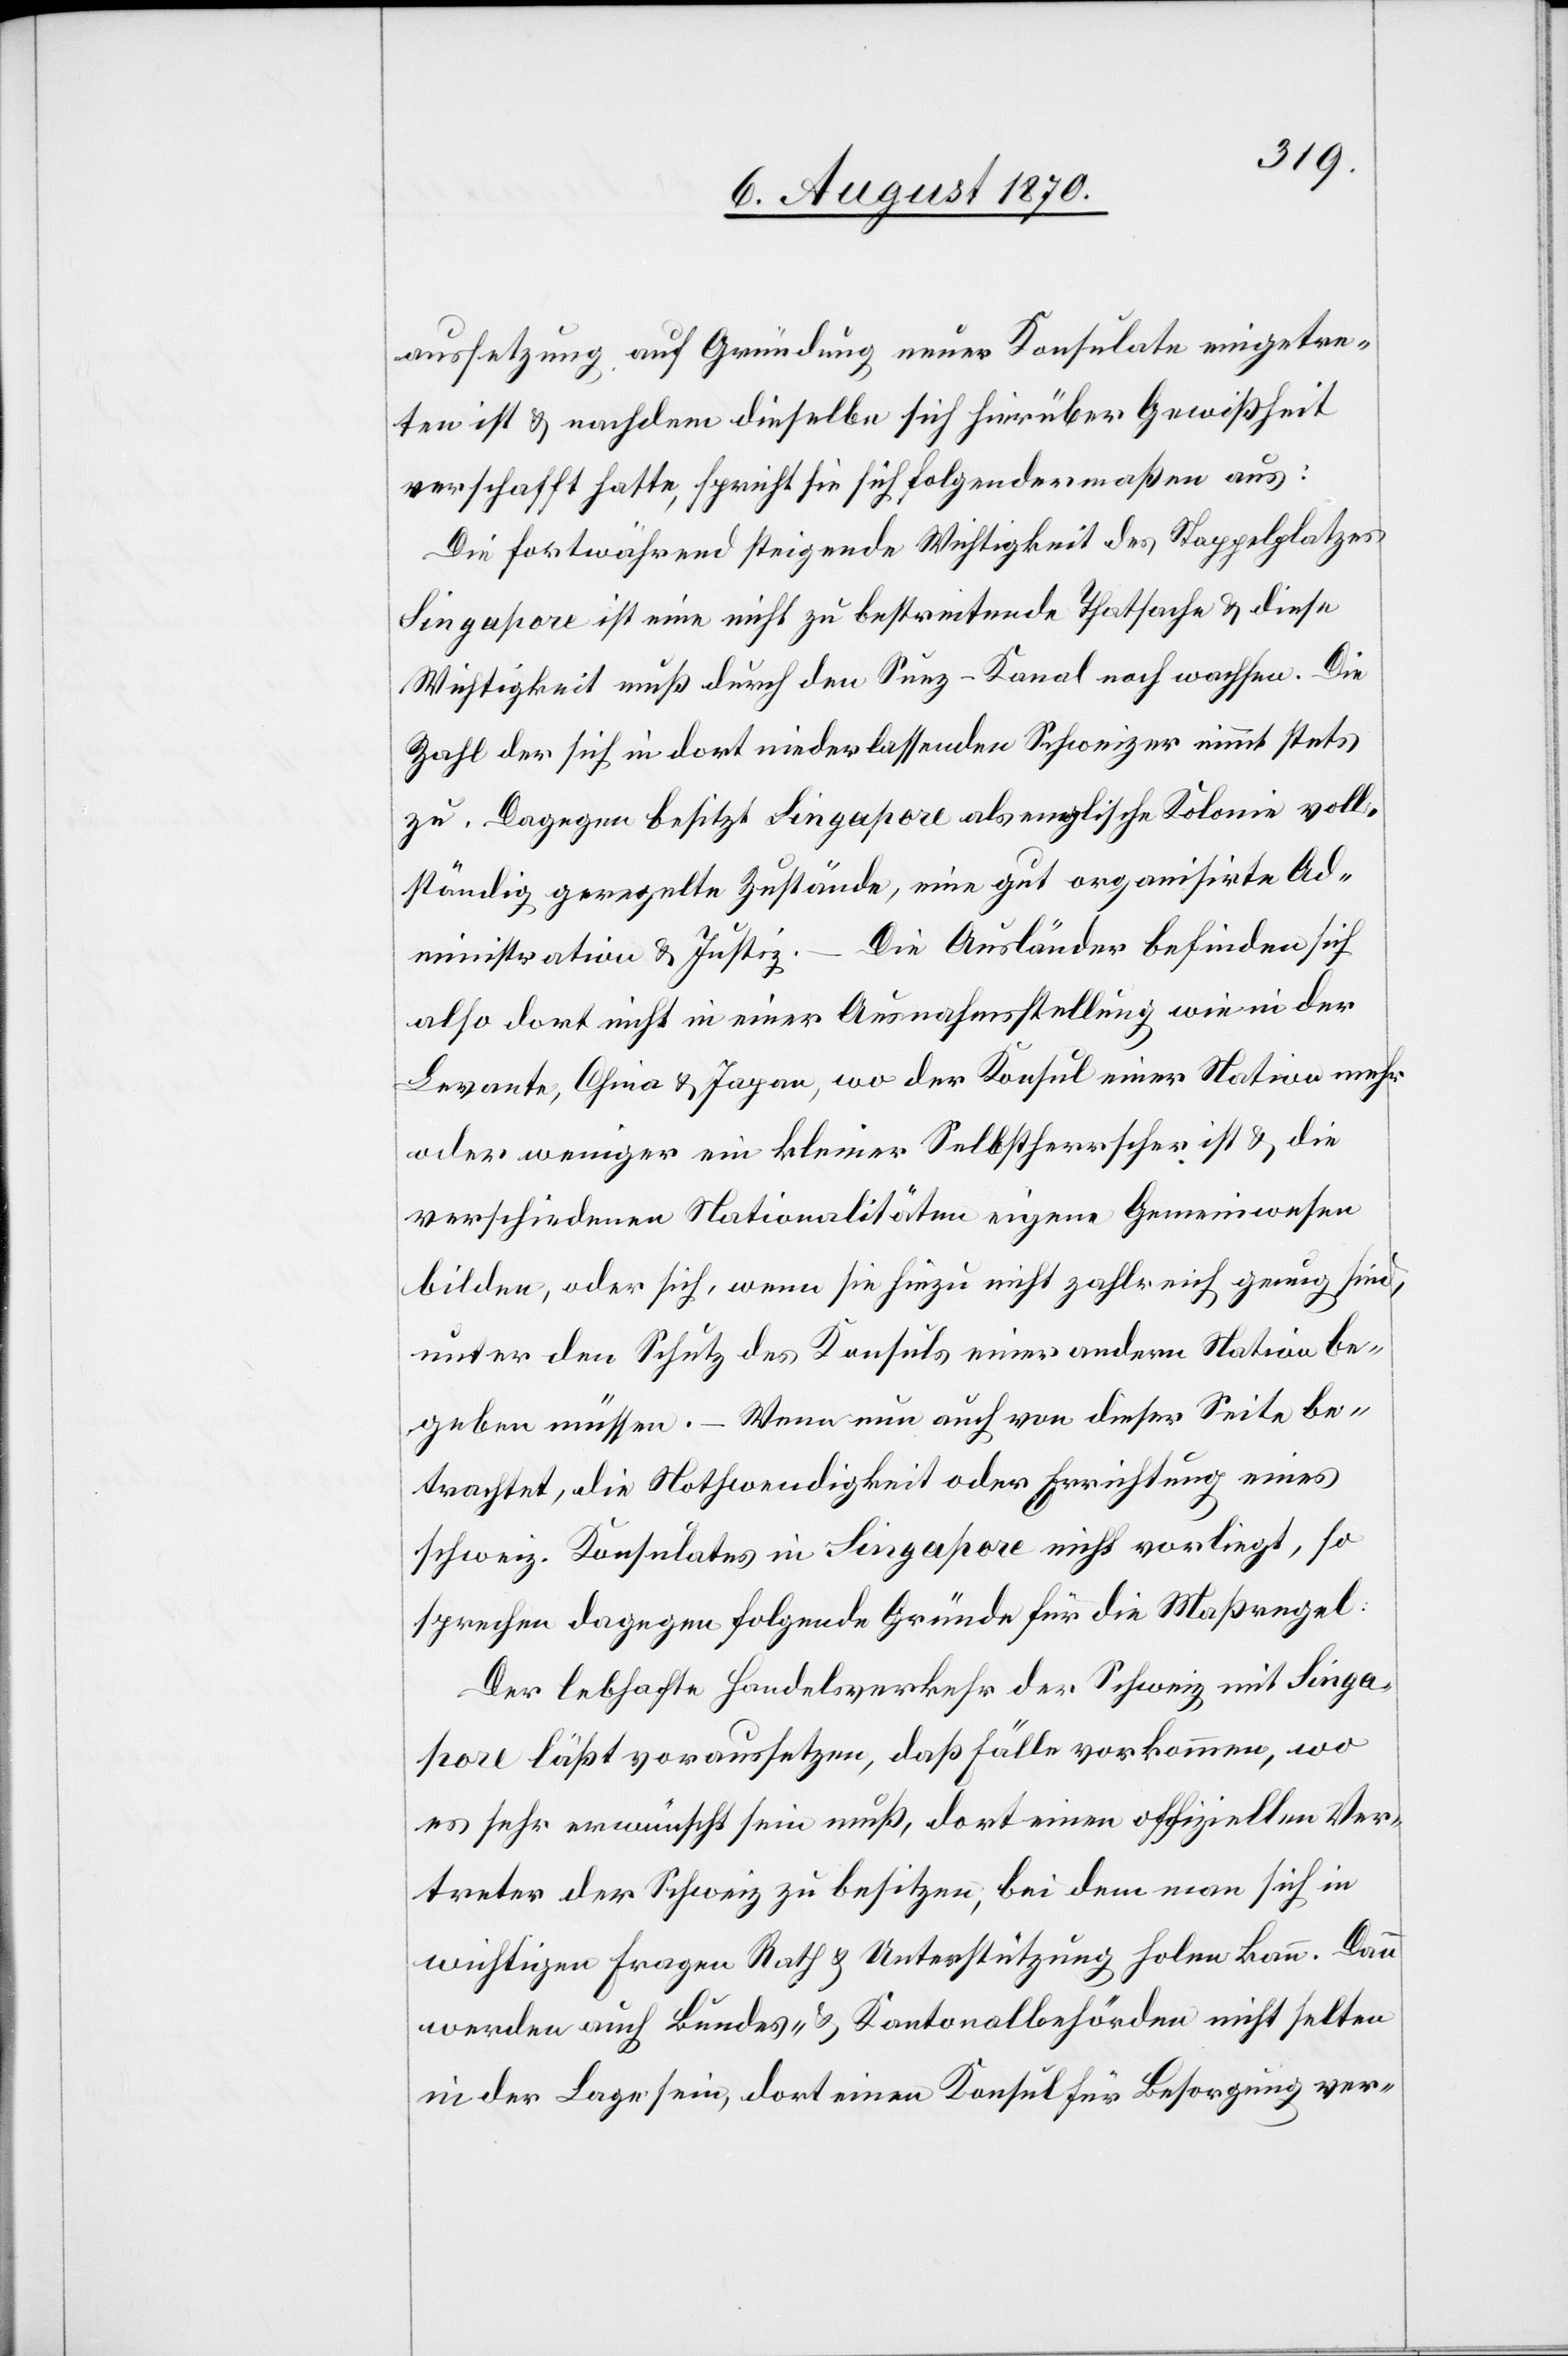
aussetzung auf Gründung neuer Konsulate eingetre¬
ten ist & nachdem dieselbe sich hierüber Gewißheit
verschafft hatte, spricht sie sich folgendermaßen aus:
Die fortwährend steigende Wichtigkeit des Stappelplatzes
Singapore ist eine nicht zu bestreitende Thatsache & diese
Wichtigkeit muß durch den Suez-Kanal noch wachsen. Die
Zahl der sich in dort niederlassenden Schweizer nimmt stets
zu. Dagegen besitzt Singapore als englische Kolonie voll¬
ständig geregelte Zustände, eine gut organisierte Ad¬
Die Ausländer befinden sich
ministration & Justiz.
also dort nicht in einer Ausnahmsstellung wie in der
Levante, China & Japan, wo der Konsul einer Nation mehr
oder weniger ein kleiner Selbstherrscher ist & die
verschiedenen Nationalitäten eigene Gemeinwesen
bilden, oder sich, wenn sie hiezu nicht zahlreich genug sind,
unter den Schutz des Konsuls einer andern Nation be¬
geben müssen. – Wenn nun auch von dieser Seite be¬
trachtet, die Nothwendigkeit oder Errichtung eines
schweiz. Konsulates in Singapore nicht vorliegt, so
sprechen dagegen folgende Gründe für die Maßregel:
Der lebhafte Handelsverkehr der Schweiz mit Singa¬
pore läßt voraussetzen, daß Fälle vorkommen, wo
es sehr erwünscht sein muß, dort einen offiziellen Ver¬
treter der Schweiz zu besitzen, bei dem man sich in
wichtigen Fragen Rath & Unterstützung holen kann. Dann
werden auch Bundes- & Kantonalbehörden nicht selten
in der Lage sein, dort einen Konsul für Besorgung ver-